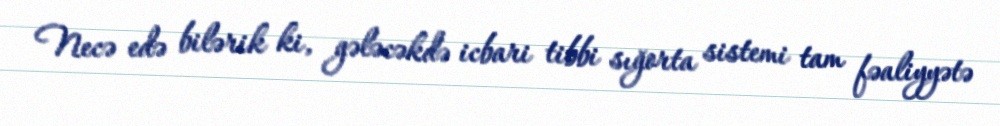
Necə edə bilərik ki, gələcəkdə icbari tibbi sığorta sistemi tam fəaliyyətə